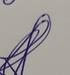
Signature authenticity: genuine